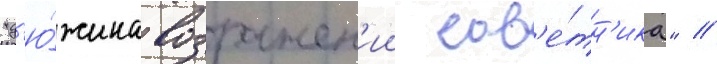
"д'ю́жина возражен'ии сов'е́тн'ика" //